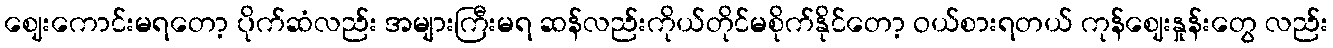
ဈေးကောင်းမရတော့ ပိုက်ဆံလည်း အများကြီးမရ ဆန်လည်းကိုယ်တိုင်မစိုက်နိုင်တော့ ဝယ်စားရတယ် ကုန်ဈေးနှုန်းတွေ လည်း